Report on vaccination in the Province of Bengal - 1869-1873
Year: 1869
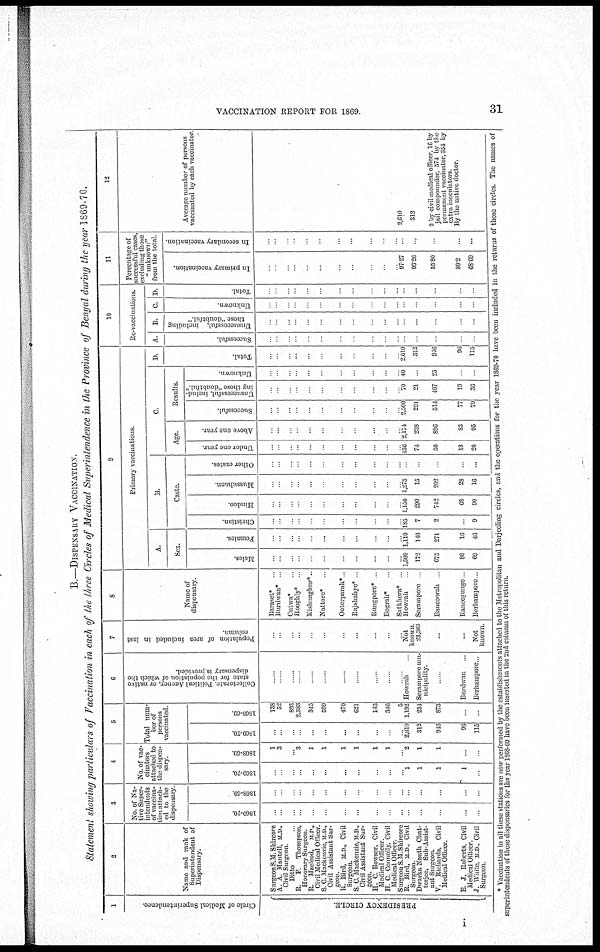
VACCINATION REPORT FOR 1869.
31
B.—DISPENSARY VACCINATION.
Statement showing particulars of Vaccination in each of the three Circles of Medical Superintendence in the Province of Bengal during the year 1869-70.
1
Circle of Medical Superintendence.
PRESIDENCY CIRCLE.
2
Name and rank of
Superintendent of
Dispensary.
Surgeon S.M. Shircore
A A Mantell, M,D,
Civil Surgeon.
Ditto ...
R. F. Thompson,
Honorary Surgeon.
R. Macleod, M.D.,
Civil Medical Officer.
S C Mackeinzie, M.D.,
Civil Assistant Sur-
geon.
R. Bird, M.D., Civil
Surgeon.
S C. Mackenzie, M.D,
Civil Assistant Sur-
geon.
H. C. Bowser, Civil
Medical Officer.
H. C. Connolly, Civil
Medical Officer.
Surgeon S.M. Shircore
R. Bird, M.D, Civil
Surgeon.
Dwarka Nauth Chat-
terjee, Sub-Assist-
ant Surgeon.
V. Richards, Civil
Medical Officer.
E. J. Roberts, Civil
Medical Officer
J. White, M.D, Civil
Surgeon.
3
No. of Na-
tive Super-
intendents
of vaccina-
tion attach-
ed to the
dispensary.
1869-70.
...
...
...
...
...
...
...
...
...
...
...
...
...
...
...
...
1868-69.
...
...
...
...
...
...
...
...
...
...
...
...
...
...
...
...
4
No of vac-
cinators
attached to
the dispen-
sary.
1869-70.
...
...
...
...
...
...
...
...
...
...
... 1
1
1
1
...
1868-69.
1
3
... 3
1
1
1
1
1
1
...
2
1
1
...
...
5
Total num-
ber of
persons
vaccinated.
1869-70.
...
...
...
...
...
...
...
...
...
...
... 2,610
312
946
96
115
1868-69
138
32
893
2,383
345
599
470
621
143
346
5
1,192
234
873
...
...
6
or native
which the
dispensary is provided.
......
......
......
......
......
......
......
......
......
......
...... Howrah ...
Serampore mu-
nicipality.
......
Burdwan ...
Berhampore...
7
Population of area included in last
column
...
...
...
...
...
...
...
...
...
...
... Not
known.
23,363
...
...
Not
known.
8
Name of
dispensary
Baraset* ...
Burdwan* ...
Cutwa* ...
Hooghly* ...
Kishnaghur*...
Nattore* ...
Ooterparah*...
Rajshahye* ...
Rungpore* ...
Bograh* ...
Satkhera* ...
Howrah ...
Serampore ...
Bancoorah ...
Raneegunge ...
Berhampore ...
9
Primary vaccinations.
A.
Sex.
Males.
...
...
...
...
...
...
...
...
...
...
... 1,500
172
675
80
69
Females.
...
...
...
...
...
...
...
...
...
...
... 1,110
140
271
16
46
B.
Caste.
Christian.
...
...
...
...
...
...
...
...
...
...
... 185
7
2
...
9
Hindoo.
...
...
...
...
...
...
...
...
...
...
... 1,150
290
742
68
90
Mussulman
...
...
...
...
...
...
...
...
...
...
... 1,275
15
202
28
16
Other castes.
...
...
...
...
...
...
...
...
...
...
...
.
...
Age.
Under one year.
...
...
...
...
...
...
...
...
...
...
... 436
74
50
13
20
Above one year.
...
...
...
...
...
...
...
...
...
...
... 2,174
238
896
83
95
C
Results.
Successful.
...
...
...
...
...
...
...
...
...
...
... 2,500
291
514
77
79
Unsuccessful, includ-
ing those "doubtful"
...
...
...
...
...
...
...
...
...
...
... 70
21
407
19
36
Unknown.
...
...
...
...
...
...
...
...
...
...
... 40
...
25
...
...
D
Total.
...
...
...
...
...
...
...
...
...
...
... 2,610
312
946
96
115
10
Re-vaccinations.
A.
Successful.
...
...
...
...
...
...
...
...
...
...
...
...
...
...
...
...
B.
Unsuccessful, including
those "doubtful"
...
...
...
...
...
...
...
...
...
...
...
...
...
...
...
...
C.
Unknown
...
...
...
...
...
...
...
...
...
...
...
...
...
...
...
...
D
Total
...
...
...
...
...
...
...
...
...
...
...
...
...
...
...
...
11
Percentage of
successful cases,
excluding those
"unknown"
from the total
In primary vaccination.
...
...
...
...
...
...
...
...
...
...
... 97.27
93.26
55.80
80.2
68.69
In secondary vaccination
...
...
...
...
...
...
...
...
...
...
... ...
...
...
...
...
12
Average number of persons
vaccinated by each vaccinator
2,610
312
2 by civil medical officer, 16 by
jail compounder, 574 by the
permanent vaccinator, 354 by
extra inoculators.
By the native doctor.
* Vaccination in all these stations are now performed by the establishments attached to the Metropolitan and Darjeeling circles, and the operations for the year 1869-70 have been included in the returns of those circles. The names of
superintendents of these dispensaries for the year 1868-69 have been inserted in the 2nd column of thus return.
i